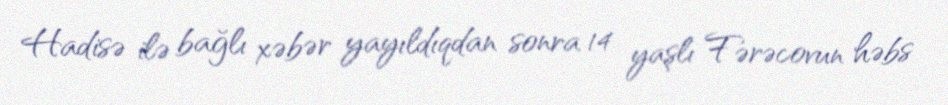
Hadisə ilə bağlı xəbər yayıldıqdan sonra 14 yaşlı Fərəcovun həbs